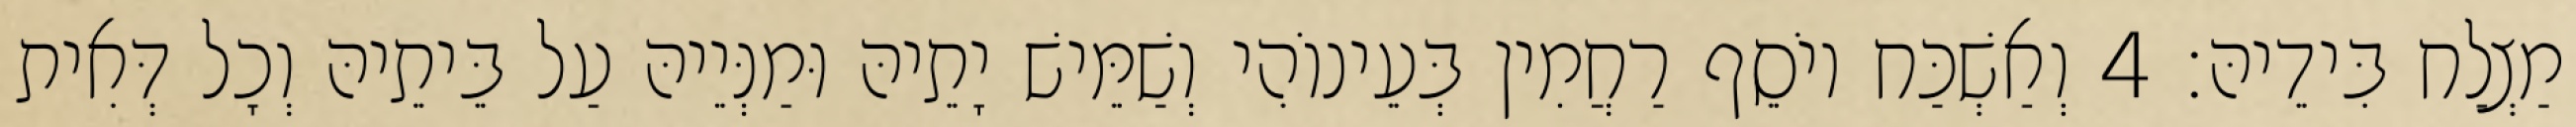
מַצְלַח בִּידֵיהּ׃ 4 וְאַשְׁכַּח יוֹסֵף רַחֲמִין בְּעֵינוֹהִי וְשַׁמֵּישׁ יָתֵיהּ וּמַנְּיֵיהּ עַל בֵּיתֵיהּ וְכָל דְּאִית